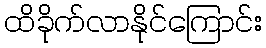
ထိခိုက်လာနိုင်ကြောင်း